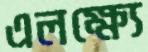
এলক্ষ্যে